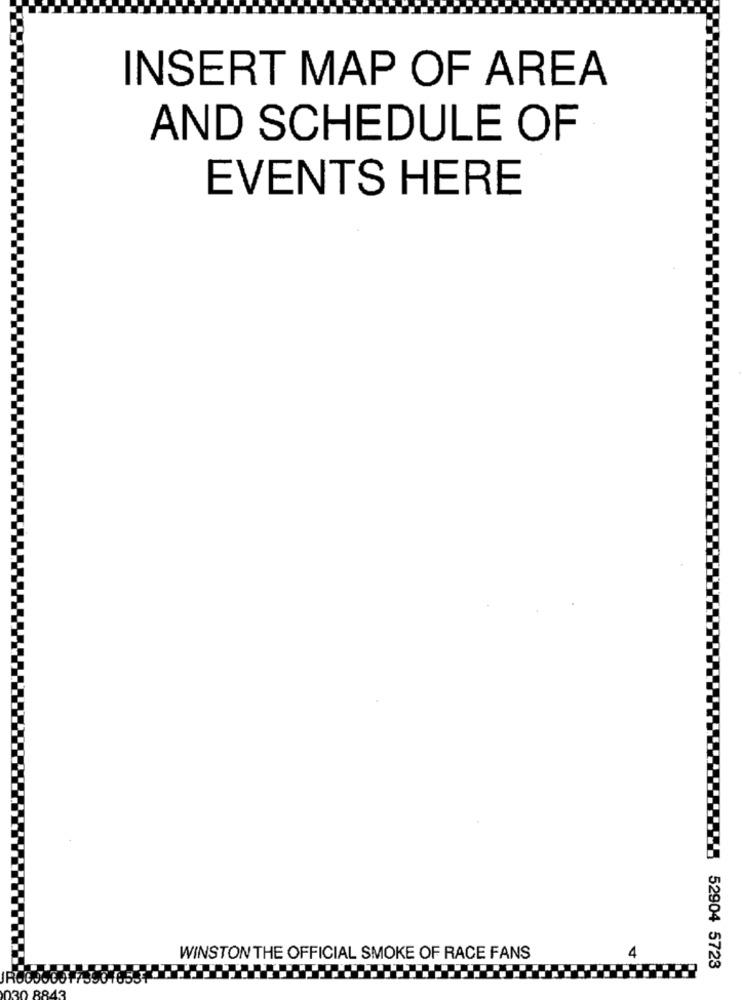
INSERT MAP OF AREA
AND SCHEDULE OF
EVENTS HERE
WINSTON THE OFFICIAL SMOKE OF RACE FANS
4
52904 5723